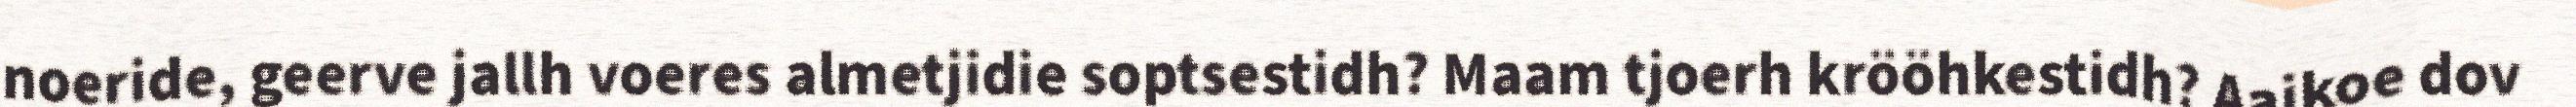
noeride, geerve jallh voeres almetjidie soptsestidh? Maam tjoerh krööhkestidh? Aajkoe dov